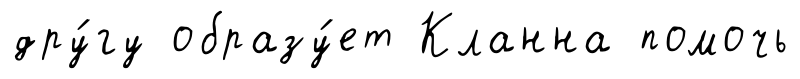
дру́гу образу́ет Кланна помочь